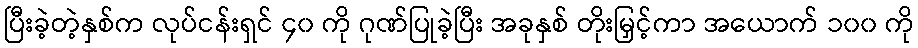
ပြီးခဲ့တဲ့နှစ်က လုပ်ငန်းရှင် ၄၀ ကို ဂုဏ်ပြုခဲ့ပြီး အခုနှစ် တိုးမြှင့်ကာ အယောက် ၁၀၀ ကို